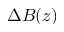
\Delta B ( z )